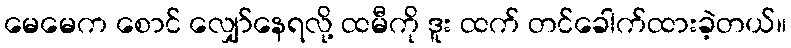
မေမေက စောင် လျှော်နေရလို့ ထမီကို ဒူး ထက် တင်ခေါက်ထားခဲ့တယ်။